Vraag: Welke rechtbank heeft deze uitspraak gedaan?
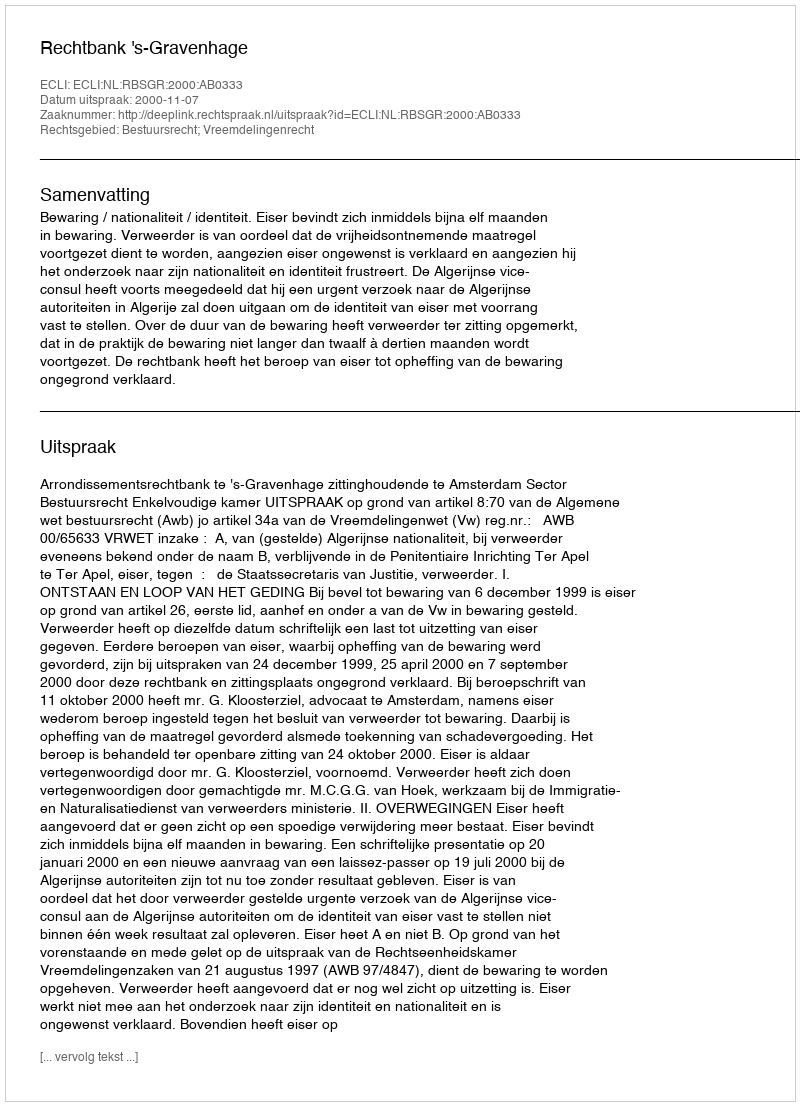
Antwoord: Rechtbank 's-Gravenhage